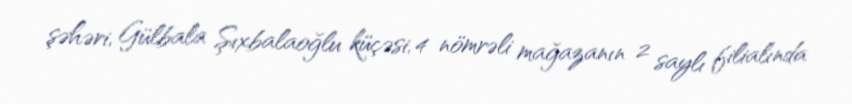
şəhəri, Gülbala Şıxbalaoğlu küçəsi, 4 nömrəli mağazanın 2 saylı filialında